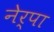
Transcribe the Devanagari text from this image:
नेर्पा